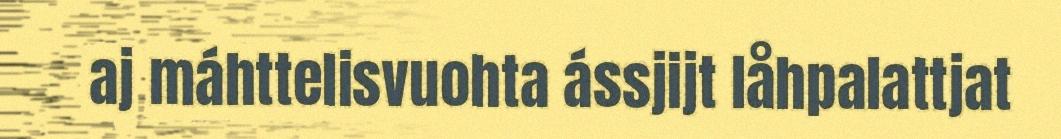
aj máhttelisvuohta ássjijt låhpalattjat